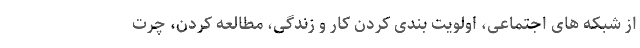
از شبکه های اجتماعی، اولویت بندی کردن کار و زندگی، مطالعه کردن، چرت